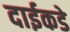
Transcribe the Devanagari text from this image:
दाईकडे